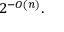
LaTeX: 2 ^ { - O ( n ) } .